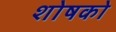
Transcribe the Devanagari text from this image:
शोषको